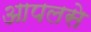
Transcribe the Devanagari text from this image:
आपलसे